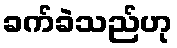
ခက်ခဲသည်ဟု